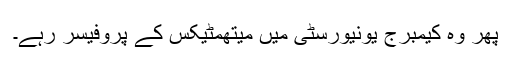
پھر وہ کیمبرج یونیورسٹی میں میتھمٹیکس کے پروفیسر رہے۔